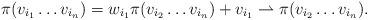
LaTeX: \begin{align*}\pi(v_{i_1}\dots v_{i_n}) &= w_{i_1}\pi(v_{i_2}\dots v_{i_n}) +v_{i_1} \rightharpoonup \pi(v_{i_2}\dots v_{i_n}).\end{align*}